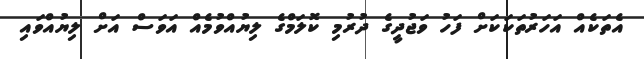
އެތަކެއް އަހަރުތަކަކަށް ފަހު ވަޖުދީގެ ދުރުމި ކޮލަމްގެ ލިޔުއްވުމެއް އަވަސް އަށް ލިޔުއްވައި